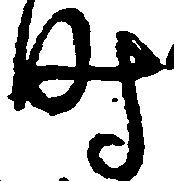
時